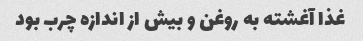
غذا آغشته به روغن و بیش از اندازه چرب بود